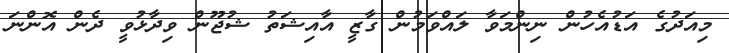
މިއަދުގެ އަޑުއެހުން ނިންމަވާ ލައްވަމުން ގާޒީ އާއިޝަތު ޝުޖޫން ވިދާޅުވީ ދެން އޮންނަ